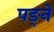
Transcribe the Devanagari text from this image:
पङ्ने